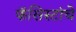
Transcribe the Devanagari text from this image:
फॅसिस्टांचे